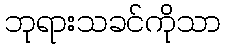
ဘုရားသခင်ကိုသာ